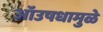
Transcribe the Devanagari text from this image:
ऑउषधामुळे